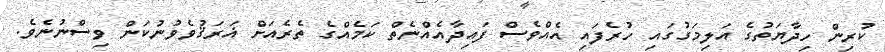
ކުރިން ހިދާޔަަތުގެ އަލިމަގުގައި ހުރެފައި އެއްވެސް ފައިދާއެއްނެތް ކަމެއްގެ ތެރެއަށް ޣަރަޤުވެވުނުކަން ވިސްނުނެވެ.